Report on the nature of kala-azar
Disease focus: Kala-Azar
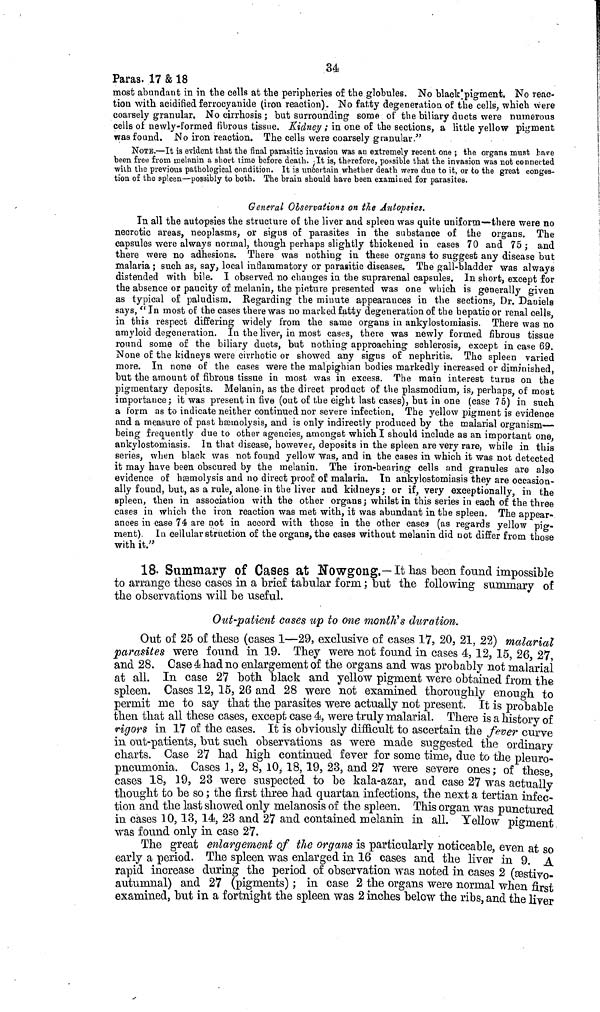
34
Paras. 17 & 18
most abundant in in the cells at the peripheries of the globules. No black pigment. No reac-
tion with acidified ferrocyanide (iron reaction). No fatty degeneration of the cells, which were
coarsely granular, No cirrhosis ; but surrounding some of the biliary ducts were numerous
cells of newly-formed fibrous tissue. Kidney ; in one of the sections, a little yellow pigment
was found. No iron reaction. The cells were coarsely granular."
NOTE.—It is evident that the final parasitic invasion was an extremely recent one ; the organs must have
been free from melanin a short time before death. It is, therefore, possible that the invasion was not connected
with the previous pathological condition. It is uncertain whether death were due to it, or to the great conges-
tion of the spleen—possibly to both. The brain should have been examined for parasites.
General Observations on the Autopsies.
In all the autopsies the structure of the liver and spleen was quite uniform—there were no
necrotic areas, neoplasms, or signs of parasites in the substance of the organs. The
capsules were always normal, though perhaps slightly thickened in cases 70 and 75; and
there were no adhesions. There was nothing in these organs to suggest any disease but
malaria ; such as, say, local inflammatory or parasitic diseases. The gall-bladder was always
distended with bile. I observed no changes in the suprarenal capsules. In short, except for
the absence or paucity of melanin, the picture presented was one which is generally given
as typical of paludism. Regarding the miuute appearances in the sections, Dr. Daniels
says, " In most of the cases there was no marked fatty degeneration of the bepatic or renal cells,
in this respect differing widely from the same organs in ankylostomiasis. There was no
amyloid degeneration. In the liver, in most cases, there was newly formed fibrous tissue
round some of the biliary duets, but nothing approaching schlerosis, except in case 69.
None of the kidneys were cirrhotic or showed any signs of nephritis. The spleen varied
more. In none of the cases were the malpighian bodies markedly increased or diminished,
but the amount of fibrous tissue in most was in excess. The main interest turns on the
pigmentary deposits. Melanin, as the direct product of the plasmodium, is, perhaps, of most
importance; it was present in five (out of the eight last cases), but in one (case 75) in such
a form as to indicate neither continued nor severe infection, The yellow pigment is evidence
and a measure of past hsemolysis, and is only indirectly produced by the malarial organism-
being frequently due to other agencies, amongst which I should include as an important one,
ankylostomiasis. In that disease, however, deposits in the spleen are very rare, while in this
series, when black was not found yellow was, and in the cases in which it was not detected
it may have been obscured by the melanin. The iron-bearing cells and granules are also
evidence of hæmolysis and no direct proof of malaria. In ankylostomiasis they are occasion-
ally found, but, as a rule, alone in the liver and kidneys; or if, very exceptionally, in the
spleen, then in association with the other organs ; whilst in this series in each of the three
cases in which the iron reaction was met with, it was abundant in the spleen. The appear-
ances in case 74 are not in accord with those in the other cases (as regards yellow pig-
ment). In cellular struction of the organs, the cases without melanin did not differ from those
with it."
18. Summary of Cases at Nowgong.— It has been found impossible
to arrange these cases in a brief tabular form ; but the following summary of
the observations will be useful.
Out-patient cases up to one month's duration.
Out of 25 of these (cases 1—29, exclusive of cases 17, 20, 21, 22) malarial
Parasites were found in 19. They were not found in cases 4, 12, 15, 26, 27,
and 28. Case 4 had no enlargement of the organs and was probably not malarial
at all. In case 27 both black and yellow pigment were obtained from the
spleen. Cases 12, 15, 26 and 28 were not examined thoroughly enough to
permit me to say that the parasites were actually not present. It is probable
then that all these cases, except case 4, were truly malarial. There is a history of
rigors in 17 of the cases. It is obviously difficult to ascertain the fever curve
in out-patients, but such observations as were made suggested the ordinary
charts. Case 27 had high continued fever for some time, due to the pleuro-
pneunionia. Cases 1, 2, 8, 10, 18, 19, 23, and 27 were severe ones; of these,
cases 18, 19, 23 were suspected to be kala-azar, and case 27 was actually
thought to be so ; the first three had quartan infections, the next a tertian infec-
tion and the last showed only melanosis of the spleen. This organ was punctured
in cases 10, 13, l4, 23 and 27 and contained melanin in all. Yellow pigment
was found only in case 27.
The great enlargement of the organs is particularly noticeable, even at so
early a period. The spleen was enlarged in 16 cases and the liver in 9. A
rapid increase during the period of observation was noted in cases 2 (æstivo-
auturnnal) and 27 (pigments) ; in case 2 the organs were normal when first
examined, but in a fortnight the spleen was 2 inches below the ribs, and the liver